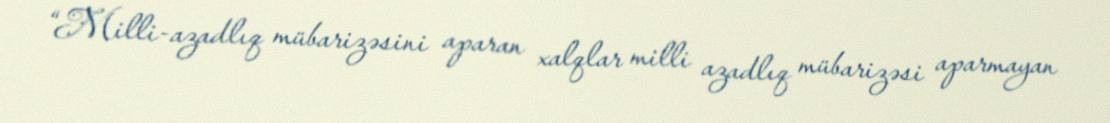
“Milli-azadlıq mübarizəsini aparan xalqlar milli azadlıq mübarizəsi aparmayan